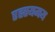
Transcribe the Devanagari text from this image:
रह्स्यमय